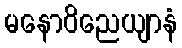
မနောဝိညေယျာနံ